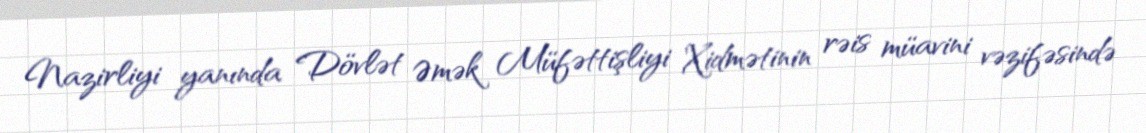
Nazirliyi yanında Dövlət Əmək Müfəttişliyi Xidmətinin rəis müavini vəzifəsində